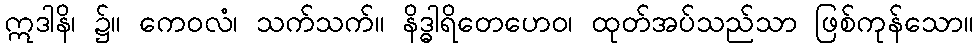
ဣဒါနိ၊ ၌။ ကေဝလံ၊ သက်သက်။ နိဒ္ဓါရိတေဟေဝ၊ ထုတ်အပ်သည်သာ ဖြစ်ကုန်သော။